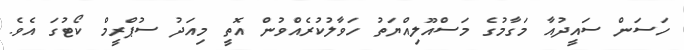
ހަސަން ސައީދުއާ މަގާމުގެ މަސްއޫލިއްޔަތު ހަވާލުކުރެއްވުން އޮތީ މިއަދު ސުޕްރީމް ކޯޓުގަ އެވެ.